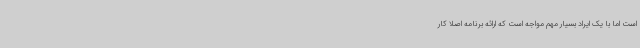
است اما با یک ایراد بسیار مهم مواجه است که ارائه برنامه اصلا کار